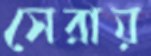
সেরায়